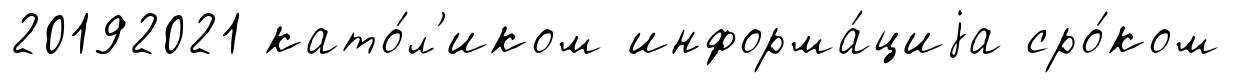
20192021 като́л'иком информа́циjа сро́ком